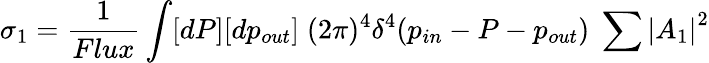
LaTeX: \sigma_{1}=\frac{1}{Flux}\int[dP][dp_{out}]\; (2\pi)^{4}\delta^{4}(p_{in}-P-p_{out})\; \sum{|A_{1}|}^{2}